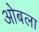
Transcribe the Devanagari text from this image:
ओबला